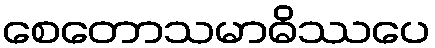
စေတောသမာဓိဿပေ